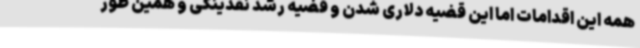
همه این اقدامات اما این قضیه دلاری شدن و قضیه رشد نقدینگی و همین طور